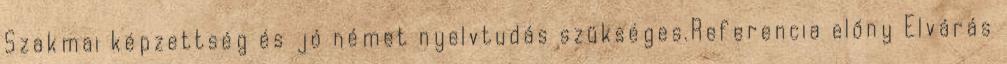
Szakmai képzettség és jó német nyelvtudás szükséges.Referencia előny Elvárás